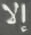
إلا